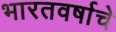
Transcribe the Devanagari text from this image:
भारतवर्षाचे